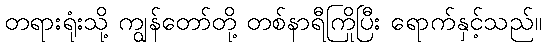
တရားရုံးသို့ ကျွန်တော်တို့ တစ်နာရီကြိုပြီး ရောက်နှင့်သည်။